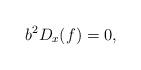
LaTeX: \begin{align*}b^2 D_x(f)=0,\end{align*}